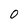
Character: 0